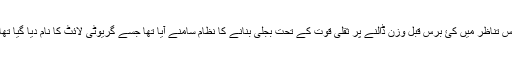
اس تناظر میں کئ برس قبل وزن ڈالنے پر ثقلی قوت کے تحت بجلی بنانے کا نظام سامنے آیا تھا جسے گریوٹی لائٹ کا نام دیا گیا تھا۔